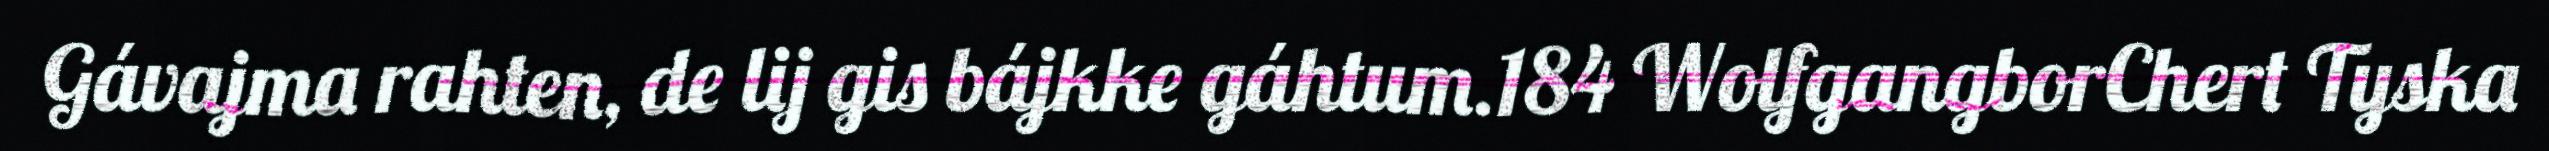
Gávajma rahten, de lij gis bájkke gáhtum.184 WolfgangborChert Tyska